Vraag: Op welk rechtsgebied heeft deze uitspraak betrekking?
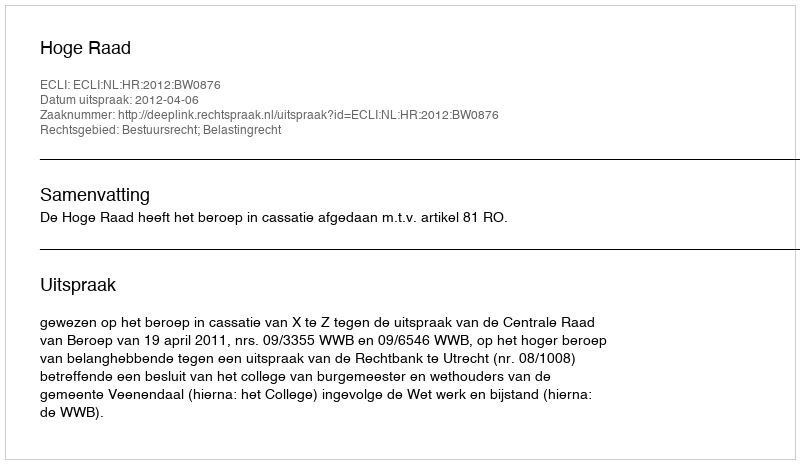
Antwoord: Bestuursrecht; Belastingrecht